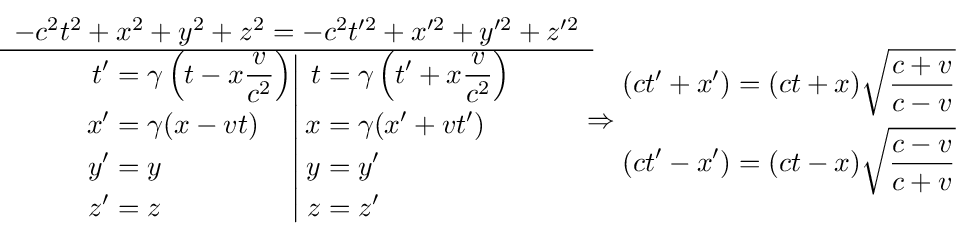
{\begin{matrix}-c^{2}t^{2}+x^{2}+y^{2}+z^{2}=-c^{2}t^{\prime 2}+x^{\prime 2}+y^{\prime 2}+z^{\prime 2}\\\hline \left.{\begin{aligned}t'&=\gamma \left(t-x{\frac {v}{c^{2}}}\right)\\x'&=\gamma (x-vt)\\y'&=y\\z'&=z\end{aligned}}\right|{\begin{aligned}t&=\gamma \left(t'+x{\frac {v}{c^{2}}}\right)\\x&=\gamma (x'+vt')\\y&=y'\\z&=z'\end{aligned}}\end{matrix}}\Rightarrow {\begin{aligned}(ct'+x')&=(ct+x){\sqrt {\frac {c+v}{c-v}}}\\(ct'-x')&=(ct-x){\sqrt {\frac {c-v}{c+v}}}\end{aligned}}